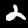
Label: 2